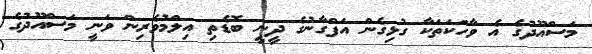
މަސްއޫދުގެ އެ ވާހަކަތަކާ ގުޅިގެން އަފްގާނުގެ ދީނީ ބޮޑެތި އިލްމުވެރިން ވަނީ މަސްއޫދުގެ